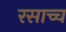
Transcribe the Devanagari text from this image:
रसाच्च